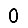
Digit: 0